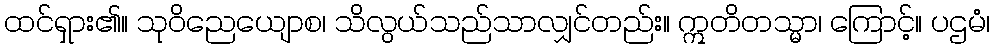
ထင်ရှား၏။ သုဝိညေယျောစ၊ သိလွယ်သည်သာလျှင်တည်း။ ဣတိတသ္မာ၊ ကြောင့်။ ပဌမံ၊